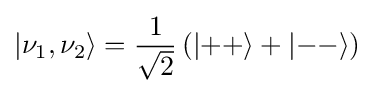
|\nu _{1},\nu _{2}\rangle ={1 \over {\sqrt {2}}}\left(\left|++\right\rangle +\left|--\right\rangle \right)